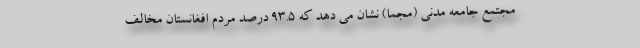
مجتمع جامعه مدنی (مجما) نشان می دهد که ۹۳.۵ درصد مردم افغانستان مخالف